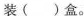
装( )盒。